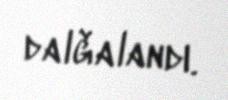
dalğalandı.